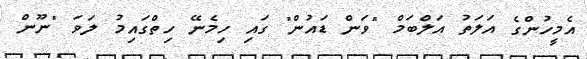
އެމީހުންގެ އަލަތު އަލްބަމް "ވަން ޑައުން" ގައި ހިމެނޭ ހިތްގައިމު ލަވަ "ނޫން